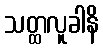
သတ္ထလူခါနိ